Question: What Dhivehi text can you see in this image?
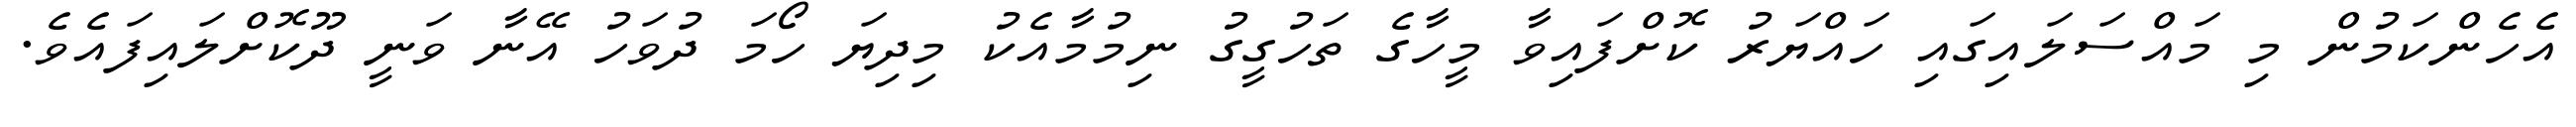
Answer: އެހެންކަމުން މި މައްސަލައިގައި ހައްޔަރު ކޮށްފައިވާ މީހާގެ ތަހުގީގު ނިމުމާއެކު މިދިޔަ ހޯމަ ދުވަހު އޭނާ ވަނީ ދޫކޮށްލައިފައެވެ.